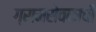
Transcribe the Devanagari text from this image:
ग्रामसेवकाची